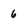
Character: 6